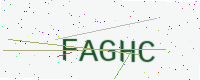
Text: FAGHC